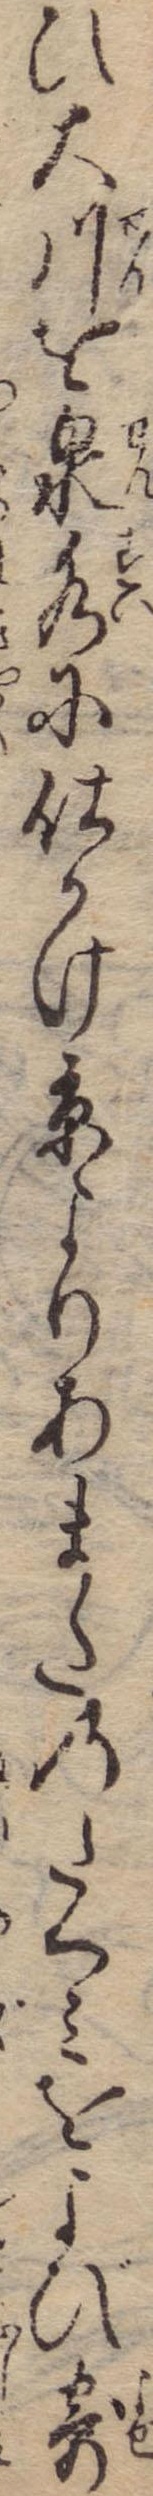
ひ大川を泉水に仕かけ京よりあまたのたくみをよび寄